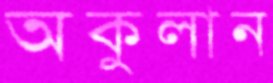
অকুলান